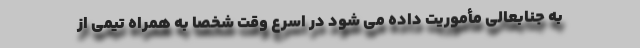
به جنابعالی مأموریت داده می شود در اسرع وقت شخصا به همراه تیمی از